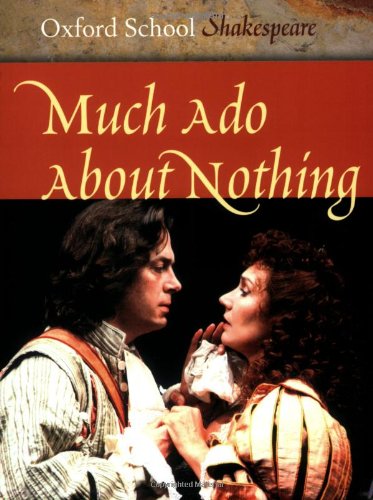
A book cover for Much Ado About Nothing (Oxford School Shakespeare Series); William Shakespeare; Literature & Fiction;